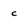
Character: c